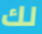
لك